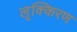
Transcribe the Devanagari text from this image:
लृक्किरण